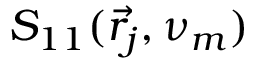
S _ { 1 1 } ( \vec { r } _ { j } , \nu _ { m } )